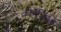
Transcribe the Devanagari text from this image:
कोरेजिओ